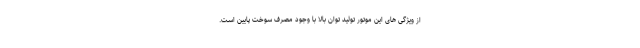
از ویژگی های این موتور تولید توان بالا با وجود مصرف سوخت پایین است.